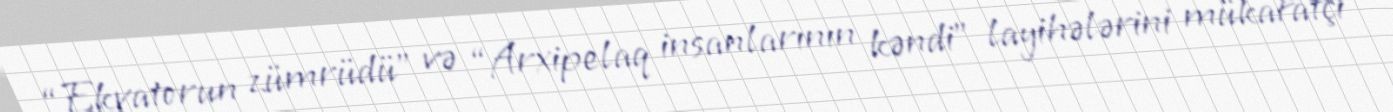
“Ekvatorun zümrüdü” və “Arxipelaq insanlarının kəndi” layihələrini mükafatçı